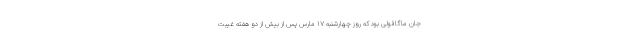
جان ماگافولی بود که روز چهارشنبه ۱۷ مارس پس از بیش از دو هفته غیبت